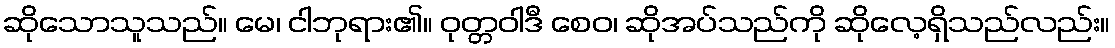
ဆိုသောသူသည်။ မေ၊ ငါဘုရား၏။ ဝုတ္တဝါဒီ စေဝ၊ ဆိုအပ်သည်ကို ဆိုလေ့ရှိသည်လည်း။